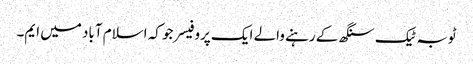
ٹوبہ ٹیک سنگھ کے رہنے والے ایک پروفیسر جو کہ اسلام آباد میں ایم۔